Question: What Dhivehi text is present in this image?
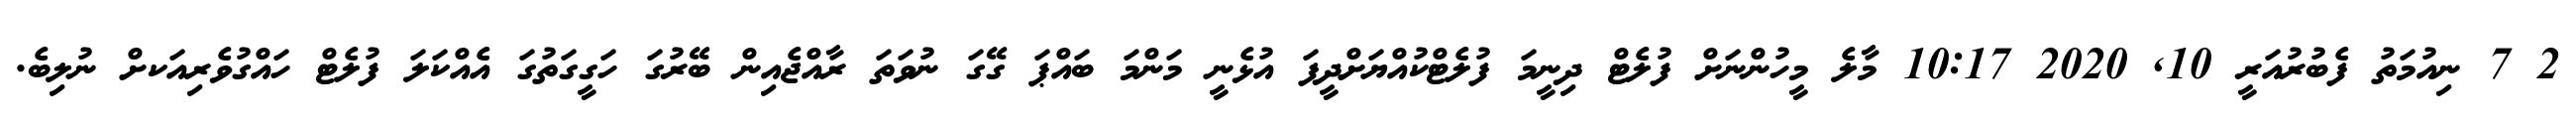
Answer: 2 7 ނިއުމަތު ފެބުރުއަރީ 10, 2020 10:17 މާލެ މީހުންނަށް ފުލެޓް ދިނީމަ ފުލެޓްކުއްޔަށްދީފަ އުޅެނީ މަންމަ ބައްޕަ ގޭގަ ނުވަތަ ރާއްޖެއިން ބޭރުގަ ހަގީގަތުގަ އެއްކަލަ ފުލެޓް ހައްގުވެރިއަކށް ނުލިބެ.